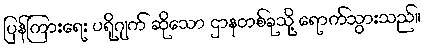
ပြန်ကြားရေး ပရိုဂျက် ဆိုသော ဌာနတစ်ခုသို့ ရောက်သွားသည်။